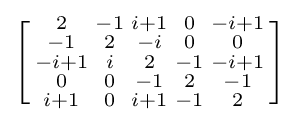
\left[{\begin{smallmatrix}2&-1&i+1&0&-i+1\\-1&2&-i&0&0\\-i+1&i&2&-1&-i+1\\0&0&-1&2&-1\\i+1&0&i+1&-1&2\end{smallmatrix}}\right]